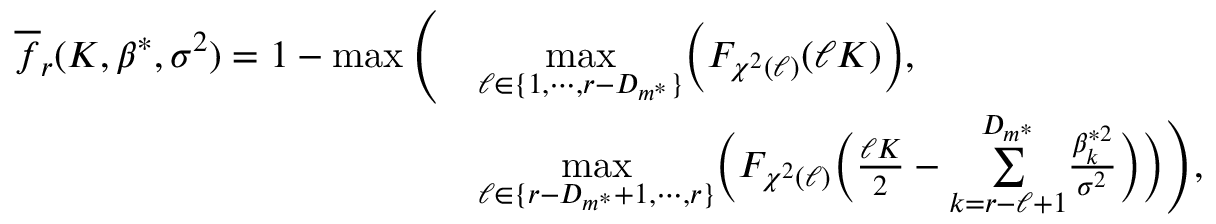
\begin{array} { r l } { \overline { { f } } _ { r } ( K , \beta ^ { * } , \sigma ^ { 2 } ) = 1 - \operatorname* { m a x } \Bigg ( } & { \underset { \ell \in \{ 1 , \cdots , r - D _ { m ^ { * } } \} } { \operatorname* { m a x } } \Big ( F _ { \chi ^ { 2 } ( \ell ) } ( \ell K ) \Big ) , } \\ & { \underset { \ell \in \{ r - D _ { m ^ { * } } + 1 , \cdots , r \} } { \operatorname* { m a x } } \bigg ( F _ { \chi ^ { 2 } ( \ell ) } \Big ( \frac { \ell K } { 2 } - \underset { k = r - \ell + 1 } { \overset { D _ { m ^ { * } } } { \sum } } \frac { \beta _ { k } ^ { * 2 } } { \sigma ^ { 2 } } \Big ) \bigg ) \Bigg ) , } \end{array}